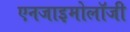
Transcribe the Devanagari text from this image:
एनजाइमोलॉजी